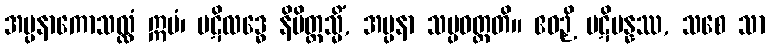
အပ္ပနာကောသလ္လံ ဣမံ၊ ပဋိလဒ္ဓေ နိမိတ္တသ္မိံ, အပ္ပနာ သမ္ပဝတ္တတိ။ ဧဝဉှိ ပဋိပန္နဿ, သစေ သာ